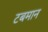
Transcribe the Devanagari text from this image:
टबमान